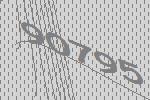
90795